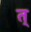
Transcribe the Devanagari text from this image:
त्‌